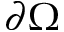
\partial \Omega